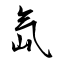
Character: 氙